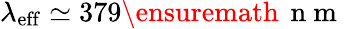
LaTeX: \lambda_{\mathrm{eff}}\simeq 379\ensuremath{\, \mathrm{~n~m~}}